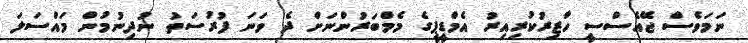
ނަމަވެސް ޖޭއެސްސީ ހާޒިރުކުރިއިރު އެމްޑީޕީގެ މެމްބަރުންނަށް ދެ ވަނަ ފުރުސަތު ނުދިނުމުން މައްސަލަ